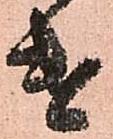
遣